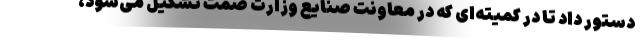
دستور داد تا در کمیته‌ای که در معاونت صنایع وزارت صمت تشکیل می‌شود،